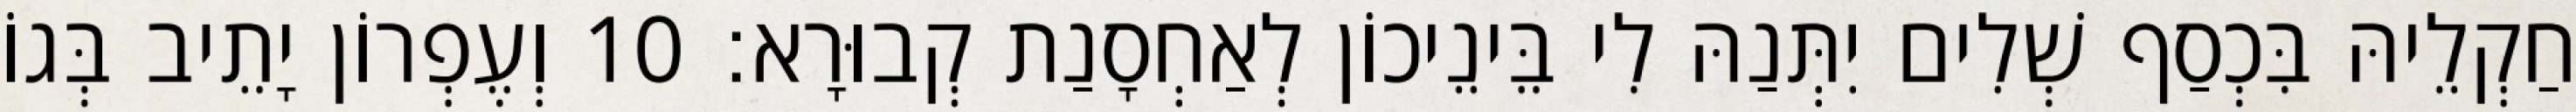
חַקְלֵיהּ בִּכְסַף שְׁלִים יִתְּנַהּ לִי בֵּינֵיכוֹן לְאַחְסָנַת קְבוּרָא׃ 10 וְעֶפְרוֹן יָתֵיב בְּגוֹ